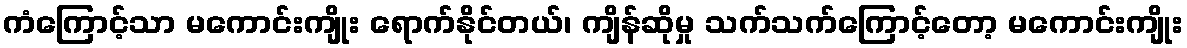
ကံကြောင့်သာ မကောင်းကျိုး ရောက်နိုင်တယ်၊ ကျိန်ဆိုမှု သက်သက်ကြောင့်တော့ မကောင်းကျိုး